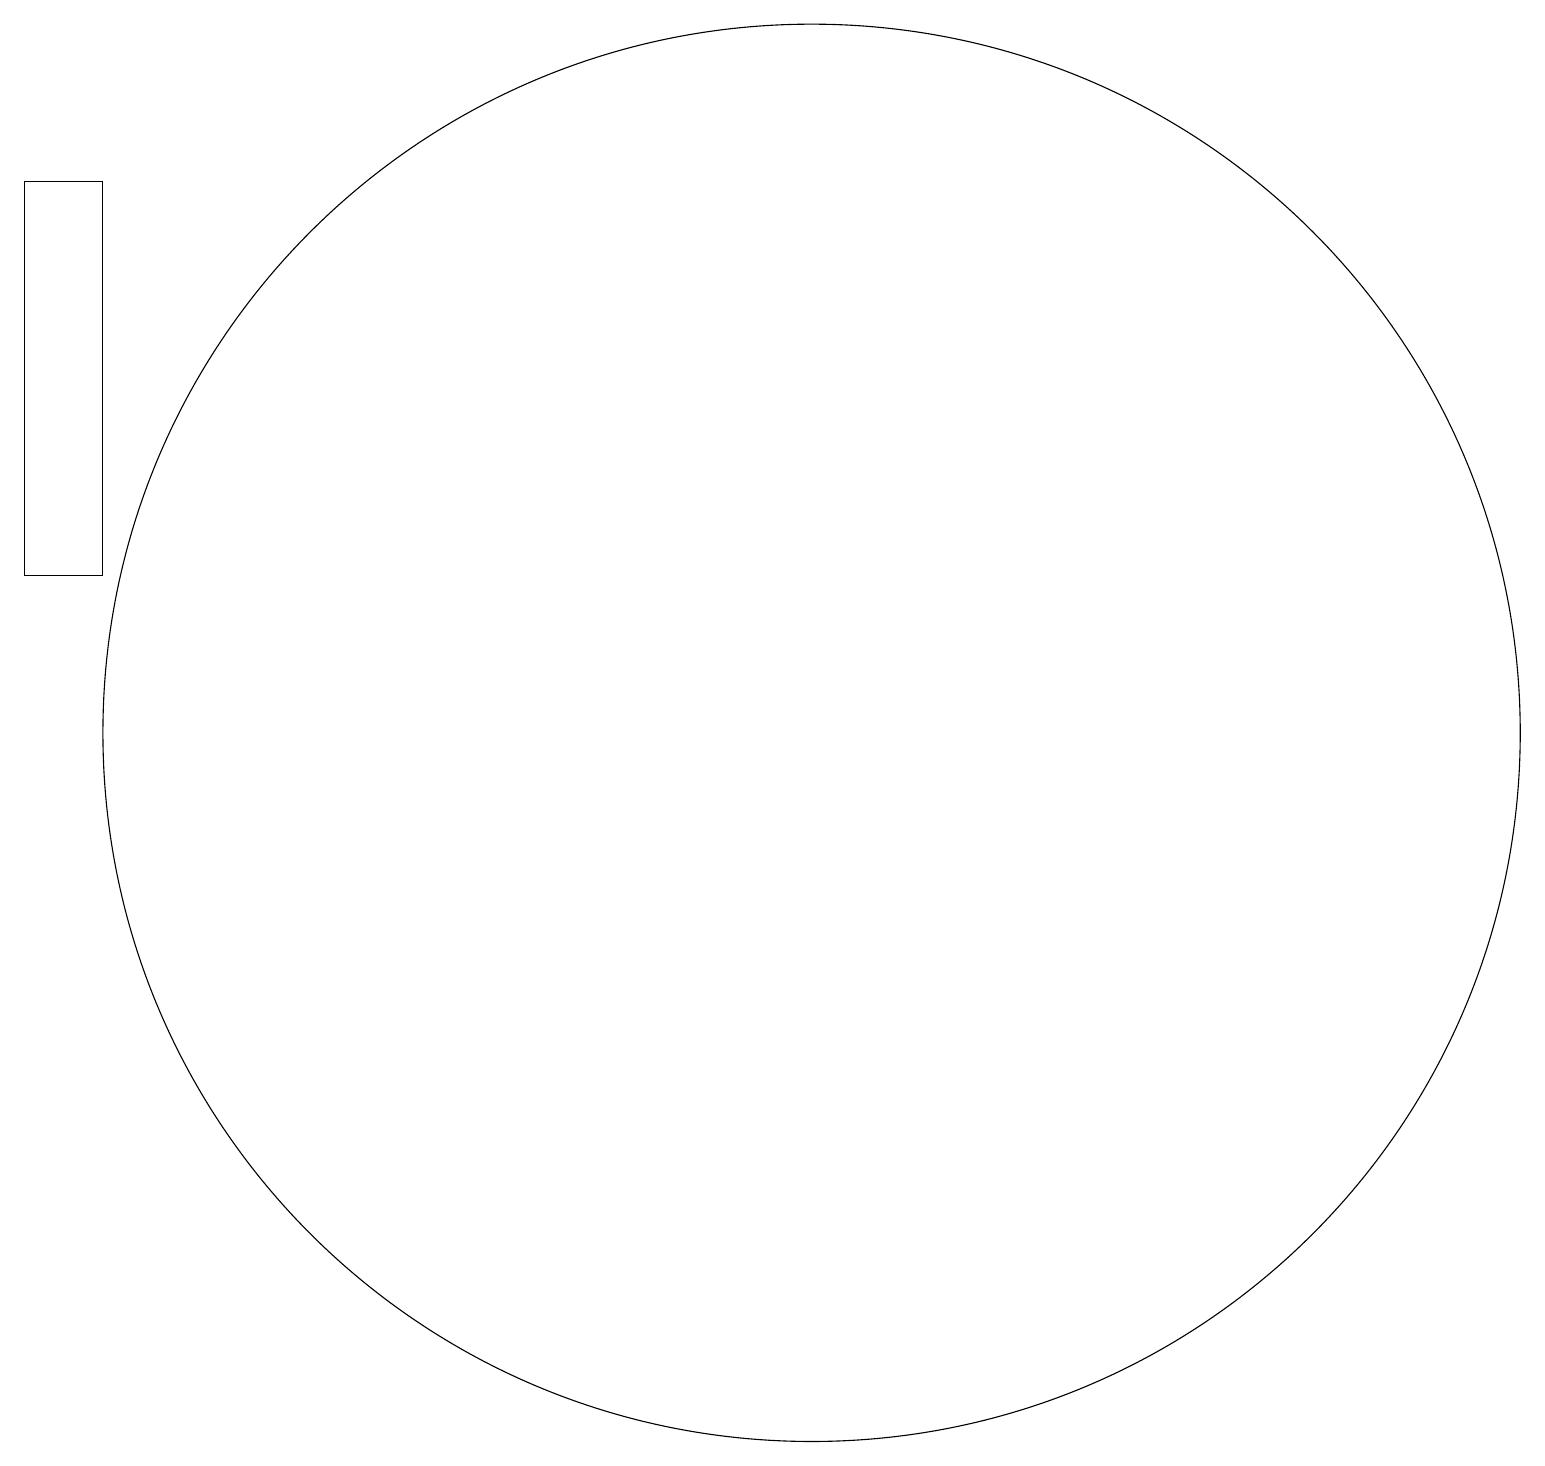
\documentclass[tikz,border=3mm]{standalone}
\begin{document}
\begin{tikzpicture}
\draw (10,11) circle (9);
\draw (1,18) rectangle (0,13);
\draw (11,10) circle (0);
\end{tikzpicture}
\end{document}